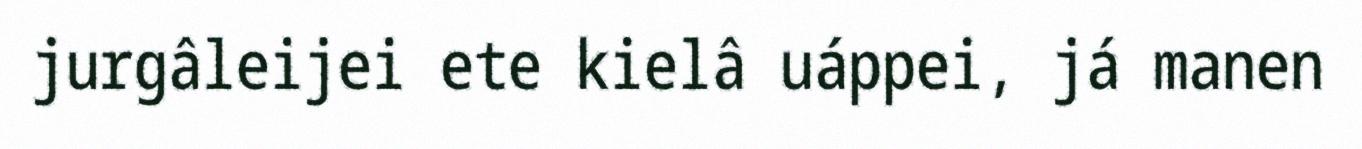
jurgâleijei ete kielâ uáppei, já manen